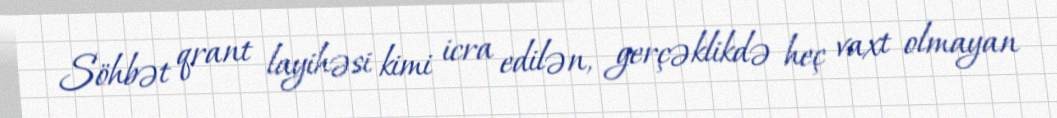
Söhbət qrant layihəsi kimi icra edilən, gerçəklikdə heç vaxt olmayan